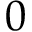
0